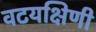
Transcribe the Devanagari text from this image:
वटयक्षिणी